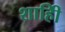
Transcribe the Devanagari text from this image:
शाहीि